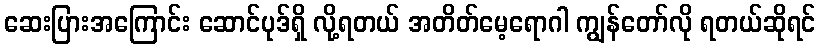
ဆေးပြားအကြောင်း ဆောင်ပုဒ်ရှိ လို့ရတယ် အတိတ်မေ့ရောဂါ ကျွန်တော်လို ရတယ်ဆိုရင်